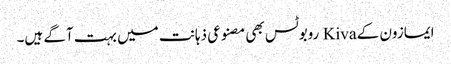
ایمازون کے Kiva روبوٹس بھی مصنوعی ذہانت میں بہت آگے ہیں۔